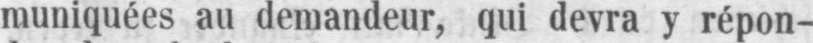
muniquées au demandeur, qui devra y répon-